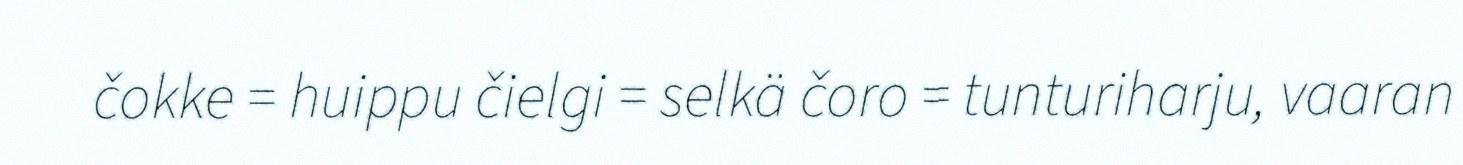
čokke = huippu čielgi = selkä čoro = tunturiharju, vaaran